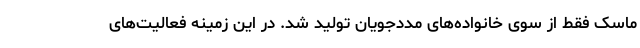
ماسک فقط از سوی خانواده‌های مددجویان تولید شد. در این زمینه فعالیت‌های